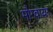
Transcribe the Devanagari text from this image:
मौग्वायर